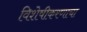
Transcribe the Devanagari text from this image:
विशेषीकरणाचा